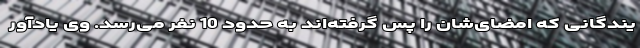
یندگانی که امضای‌شان را پس گرفته‌اند به حدود 10 نفر می‌رسد. وی یادآور